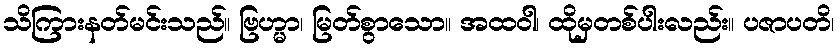
သိကြားနတ်မင်းသည်။ ဗြဟ္မာ၊ မြတ်စွာသော။ အထဝါ၊ ထိုမှတစ်ပါးလည်း။ ပဇာပတိ၊